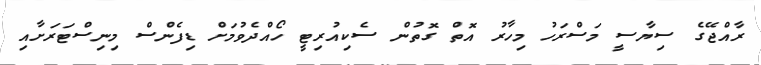
ރާއްޖޭގެ ސިޔާސީ މަސްރަހު މިހާރު އޮތް ގޮތުން ސެކިއުރިޓީ ހޯއްދެވުމަށް ޑިފެންސް މިނިސްޓަރަށާއި